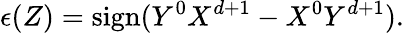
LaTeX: \epsilon(Z)=\mathrm{sign}(Y^{0}X^{d+1}-X^{0}Y^{d+1}).